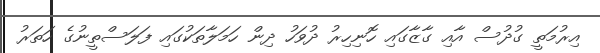
އިރުމަތީ ގުދުސް އާއި ގާޒާގައި ހޮނިހިރު ދުވަހު ދިން ހަމަލާތަކުގައި ފަލަސްތީނުގެ ހަތަރު